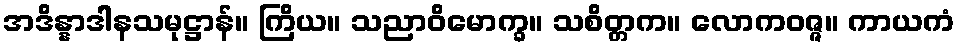
အဒိန္နာဒါနသမုဋ္ဌာန်။ ကြိယ။ သညာဝိမောက္ခ။ သစိတ္တက။ လောကဝဇ္ဇ။ ကာယကံ